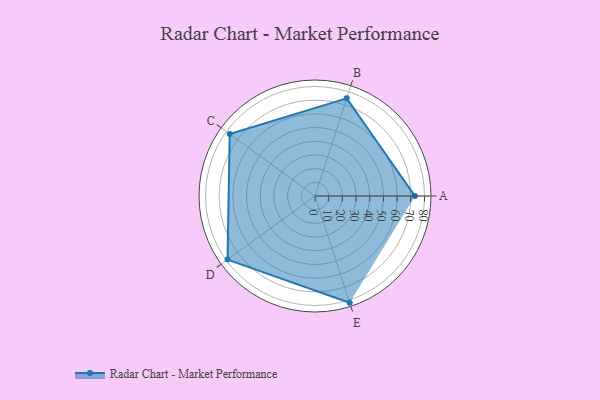
{"axis": {"x": "Skill", "y": "Score"}, "legend": ["Profile"], "data": [{"x": "A", "y": 73.0, "type": "Profile"}, {"x": "B", "y": 75.0, "type": "Profile"}, {"x": "C", "y": 77.0, "type": "Profile"}, {"x": "D", "y": 79.0, "type": "Profile"}, {"x": "E", "y": 82.0, "type": "Profile"}]}